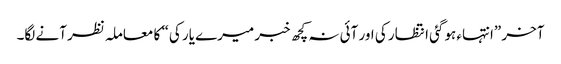
آخر ”انتہاء ہوگئی انتظار کی اور آئی نہ کچھ خبر میرے یار کی“ کا معاملہ نظر آنے لگا۔